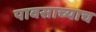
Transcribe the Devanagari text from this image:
पावसाच्याच